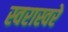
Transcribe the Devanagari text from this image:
स्वरास्वरे